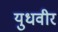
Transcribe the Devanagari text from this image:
युधवीर